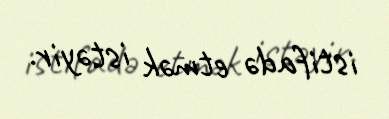
istifadə etmək istəyir.